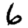
Digit: 6